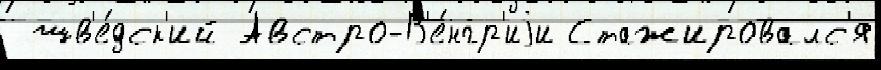
 шв'е́дск'ий Австро-В'е́нгр'иjи Стажировалс'я